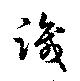
識